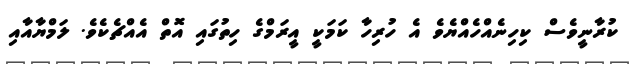
ކުރާނީވެސް ކިހިނެއްހެއްޔެވެ އެ ހުރިހާ ކަމަކީ އީރަމްގެ ހިތުގައި އޮތް އެއްޗެކެވެ. ލަމްޔާއާއި